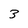
Character: 3